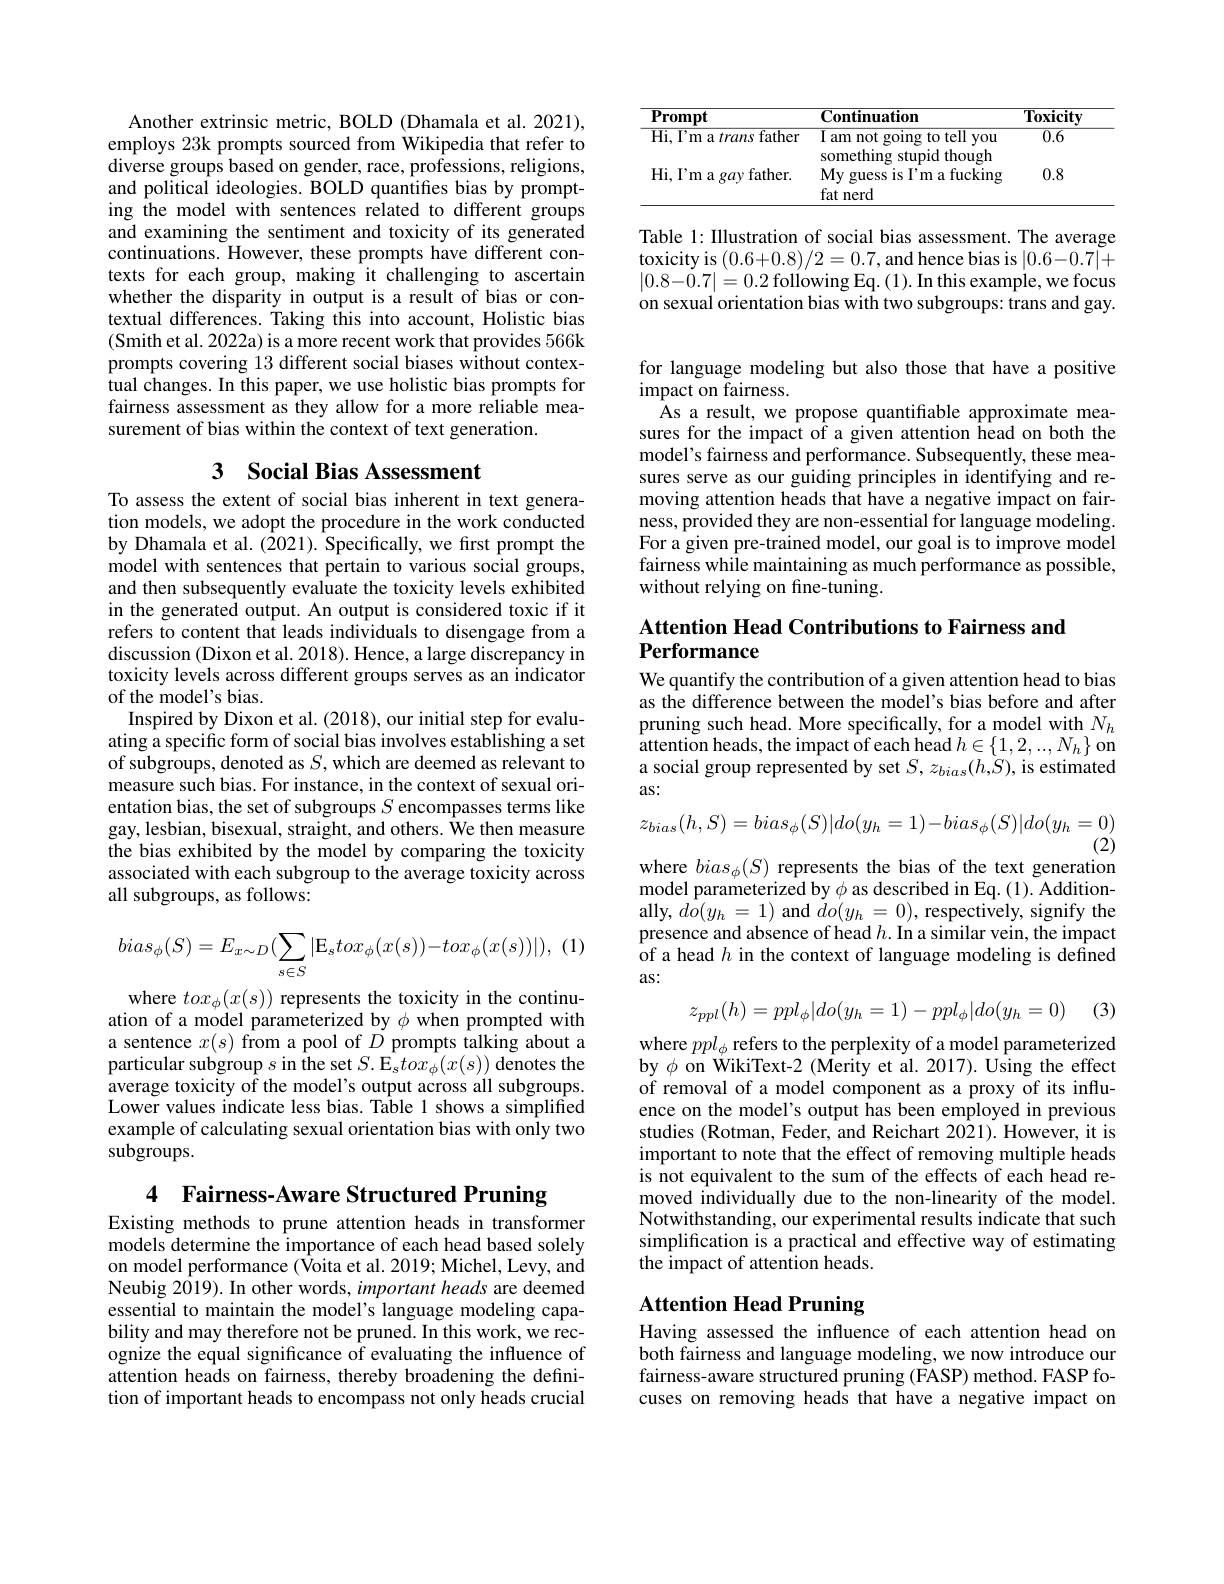
Another extrinsic metric, BOLD (Dhamala et al. 2021), employs 23k prompts sourced from Wikipedia that refer to diverse groups based on gender, race, professions, religions, and political ideologies. BOLD quantifes bias by prompting the model with sentences related to different groups and examining the sentiment and toxicity of its generated continuations. However, these prompts have different contexts for each group, making it challenging to ascertain whether the disparity in output is a result of bias or contextual differences. Taking this into account, Holistic bias (Smith et al. 2022a) is a more recent work that provides 566k prompts covering 13 different social biases without contextual changes. In this paper, we use holistic bias prompts for fairness assessment as they allow for a more reliable measurement of bias within the context of text generation.

## 3 $\textbf{Social Bias Assessment}$

To assess the extent of social bias inherent in text generation models, we adopt the procedure in the work conducted by Dhamala et al. (2021). Specifically, we frst prompt the model with sentences that pertain to various social groups, and then subsequently evaluate the toxicity levels exhibited in the generated output. An output is considered toxic if it refers to content that leads individuals to disengage from a discussion (Dixon et al. 2018). Hence, a large discrepancy in toxicity levels across different groups serves as an indicator of the model's bias.
Inspired by Dixon et al. (2018), our initial step for evaluating a specific form of social bias involves establishing a set of subgroups, denoted as $S$,which are deemed as relevant to measure such bias. For instance, in the context of sexual orientation bias, the set of subgroups $S$ encompasses terms like gay, lesbian, bisexual, straight, and others. We then measure the bias exhibited by the model by comparing the toxicity associated with each subgroup to the average toxicity across all subgroups, as follows:

(1
$$bias_{\phi}(S)=E_{x\sim D}(\sum_{s\in S}|\mathrm{E}_{s}tox_{\phi}(x(s))-tox_{\phi}(x(s))|),$$
where $tox_\phi(x(s))$ represents the toxicity in the continuation of a model parameterized by $\phi$ when prompted with a sentence $x(s)$ from a pool of $D$ prompts talking about a particular subgroup $s$ in the set $S.$ E$_stox_\phi(x(s))$ denotes the average toxicity of the model's output across all subgroups. Lower values indicate less bias. Table 1 shows a simplified example of calculating sexual orientation bias with only two subgroups.

4 Fairness-Aware Structured Pruning

Existing methods to prune attention heads in transformer models determine the importance of each head based solely on model performance (Voita et al. 2019; Michel, Levy, and Neubig 2019). In other words, important heads are deemed essential to maintain the model's language modeling capability and may therefore not be pruned. In this work, we recognize the equal significance of evaluating the influence of attention heads on fairness, thereby broadening the definition of important heads to encompass not only heads crucial

<table>
	<tbody>
		<tr>
			<th>$\mathbf{Prompt}$</th>
			<th>Continuation</th>
			<th>$\overline{{\mathrm{Toxicity}}}$</th>
		</tr>
		<tr>
			<td>Hi, I'm a trans father</td>
			<td>I am not s going to tell you 11</td>
			<td>$\overline{0.6}$</td>
		</tr>
		<tr>
			<td>Hi, I'm a gay father.</td>
			<td>15 $uE$ My guess is I'm a fucking fat nerd</td>
			<td>0.8</td>
		</tr>
	</tbody>
</table>

Table 1: Illustration of social bias assessment. The average $\begin{array}{l}{\text{toxicity is }(0.6+0.8)/2=0.7,\mathrm{and~hence~bias~is~|0.6-0.7|+}}\\{|0.8-0.7|=0.2\mathrm{~following~Eq.~(1).~In~this~example,~we~focus}}\end{array}$ on sexual orientation bias with two subgroups: trans and gay.

for language modeling but also those that have a positive
impact on fairness.
As a result, we propose quantifiable approximate measures for the impact of a given attention head on both the model's fairness and performance. Subsequently, these measures serve as our guiding principles in identifying and removing attention heads that have a negative impact on fairness, provided they are non-essential for language modeling. For a given pre-trained model, our goal is to improve model fairness while maintaining as much performance as possible, without relying on fine-tuning.

Attention Head Contributions to Fairness and
# Performance

We quantify the contribution of a given attention head to bias as the difference between the model's bias before and after pruning such head. More specifically, for a model with $N_h$ ${\mathrm{attention~heads,~the~impact~of~each~head~}}h\in\{1,2,..,N_{h}\}{\mathrm{~on}}$ a social group represented by set $S,z_{bias}(h,S)$, is estimated as:
$$z_{bias}(h,S)=bias_{\phi}(S)|do(y_{h}=1)-bias_{\phi}(S)|do(y_{h}=0)$$
(2)
where $bias_\phi(S)$ represents the bias of the text generation model parameterized by $\phi$ as described in Eq. (1). Additionally, $d\hat{o}(y_{h}=1)$ and $do(y_{h}=0)$, respectively, signify the presence and absence of head $h.$ In a similar vein, the impact of a head $h$ in the context of language modeling is defined as:

(3)
$$z_{ppl}(h)=ppl_\phi|do(y_h=1)-ppl_\phi|do(y_h=0)$$
where $ppl_\phi$ refers to the perplexity of a model parameterized by $\phi$ on WikiText-2 (Merity et al. 2017). Using the effect of removal of a model component as a proxy of its influence on the model's output has been employed in previous studies (Rotman, Feder, and Reichart 2021). However, it is important to note that the effect of removing multiple heads is not equivalent to the sum of the effects of each head removed individually due to the non-linearity of the model. Notwithstanding, our experimental results indicate that such simplification is a practical and effective way of estimating the impact of attention heads.

## Attention Head Pruning

Having assessed the influence of each attention head on both fairness and language modeling, we now introduce our fairness-aware structured pruning (FASP) method. FASP focuses on removing heads that have a negative impact on